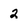
Character: 2